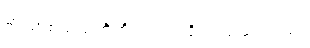
မာယာစသည်တို့ကို ရုပ်ရှင် ရိုက်ကူးခဲ့ရသည်။